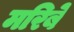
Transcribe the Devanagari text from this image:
मरिबे